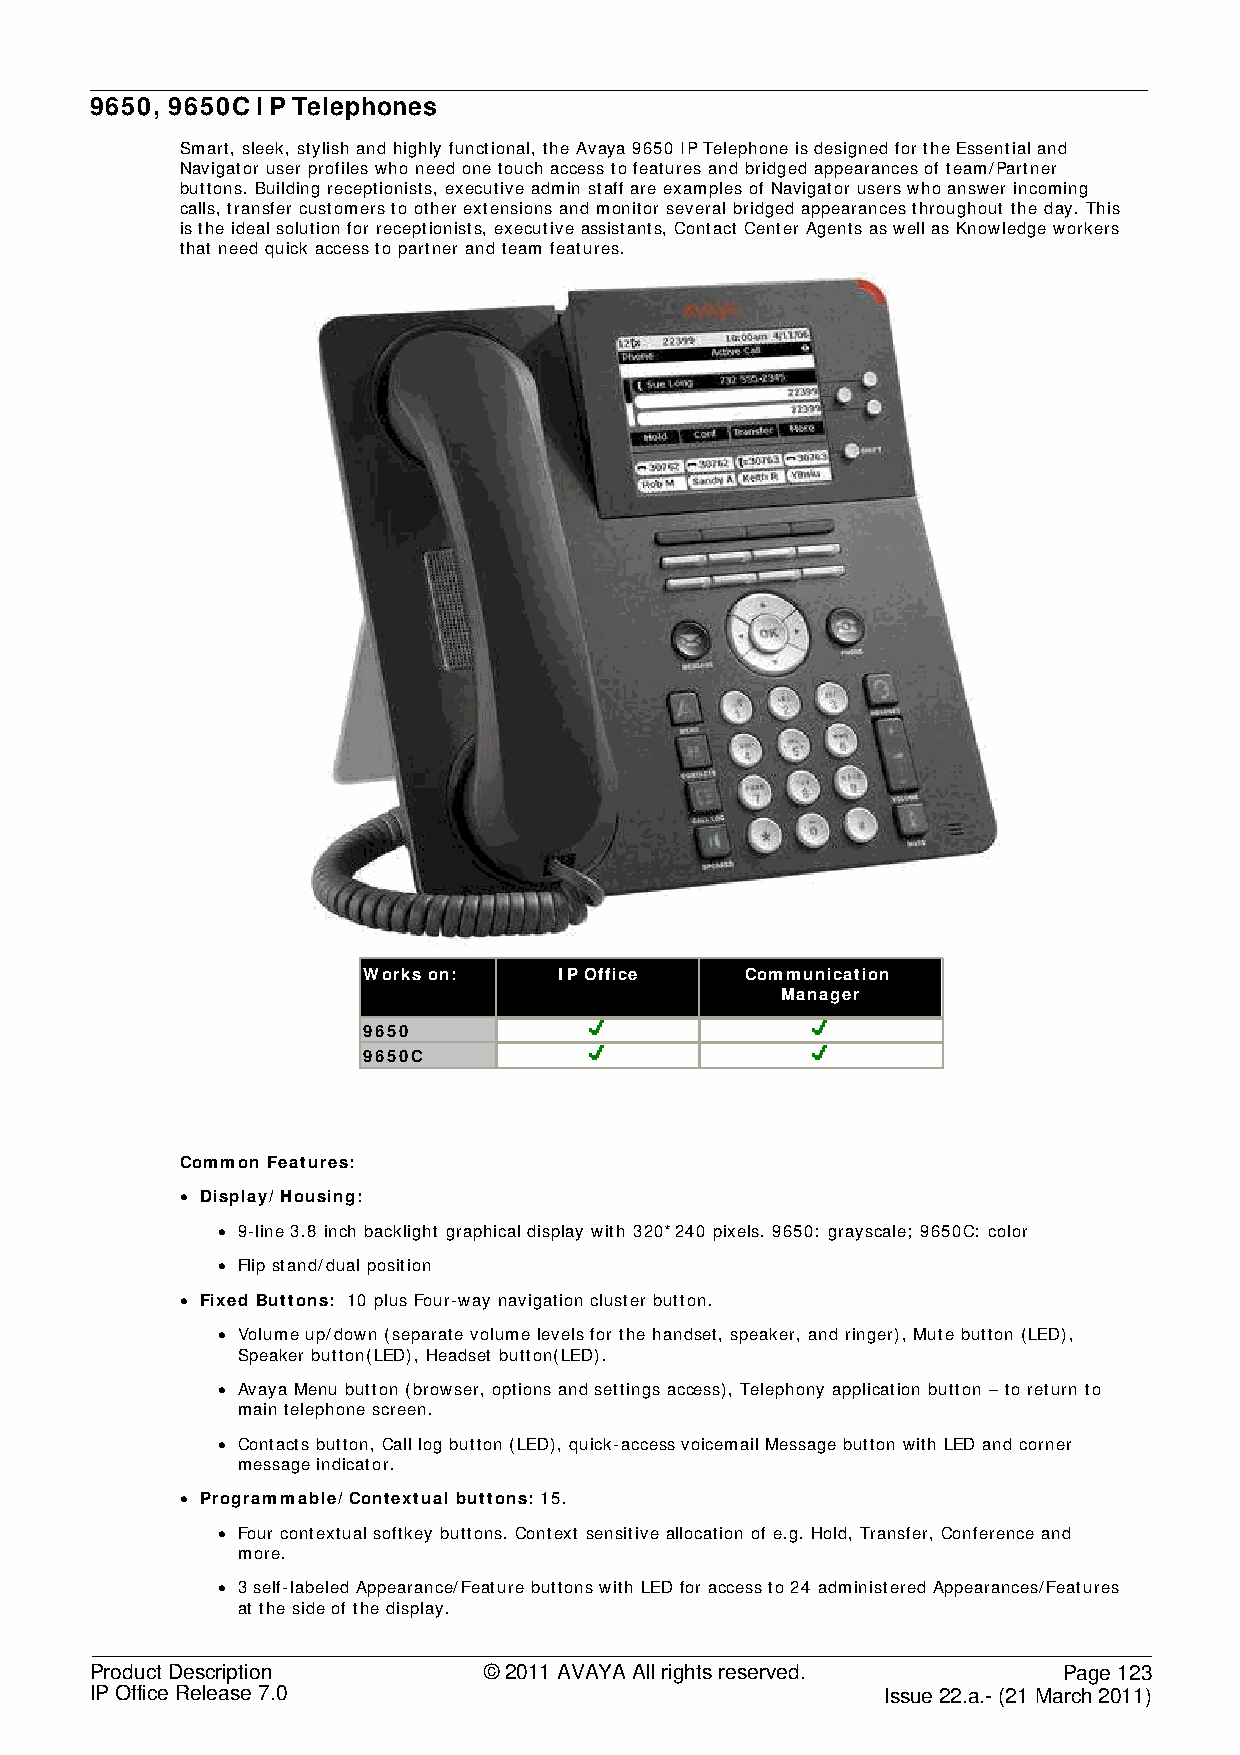
9650, 9650C IP Telephones
 Smart, sleek, stylish and highly functional, the Avaya 9650 IP Telephone is designed for the Essential and
 Navigator user profiles who need one touch access to features and bridged appearances of team/Partner
 buttons. Building receptionists, executive admin staff are examples of Navigator users who answer incoming
 calls, transfer customers to other extensions and monitor several bridged appearances throughout the day. This
 is the ideal solution for receptionists, executive assistants, Contact Center Agents as well as Knowledge workers
 that need quick access to partner and team features.
 Works on:    IP Office   Communication
 Manager
 9650
 9650C
 Common Features:
 • Display/ Housing:
 • 9-line 3.8 inch backlight graphical display with 320*240 pixels. 9650: grayscale; 9650C: color
 • Flip stand/dual position
 • Fixed Buttons: 10 plus Four-way navigation cluster button.
 • Volume up/down (separate volume levels for the handset, speaker, and ringer), Mute button (LED),
 Speaker button(LED), Headset button(LED).
 • Avaya Menu button (browser, options and settings access), Telephony application button – to return to
 main telephone screen.
 • Contacts button, Call log button (LED), quick-access voicemail Message button with LED and corner
 message indicator.
 • Programmable/ Contextual buttons: 15.
 • Four contextual softkey buttons. Context sensitive allocation of e.g. Hold, Transfer, Conference and
 more.
 • 3 self-labeled Appearance/Feature buttons with LED for access to 24 administered Appearances/Features
 at the side of the display.
 Product Description       © 2011 AVAYA All rights reserved.     Page 123
 IP Office Release 7.0                                Issue 22.a.- (21 March 2011)